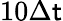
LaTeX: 10\Delta\mathsf{t}